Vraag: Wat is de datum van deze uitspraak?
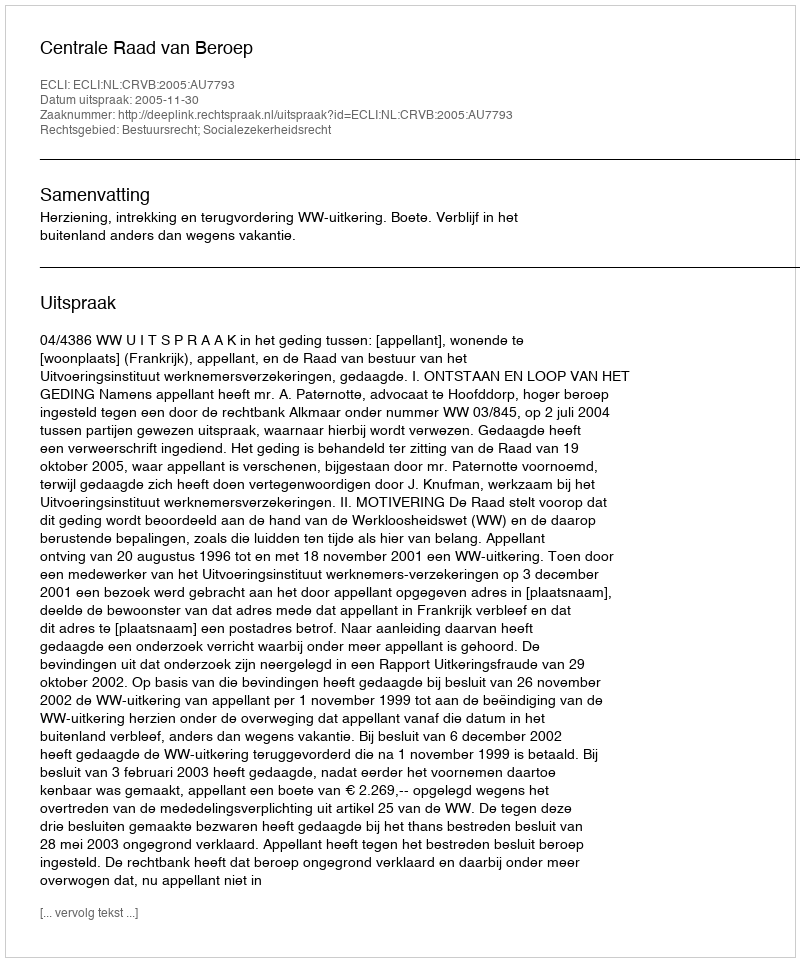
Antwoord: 2005-11-30